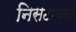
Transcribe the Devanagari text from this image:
निसटायला